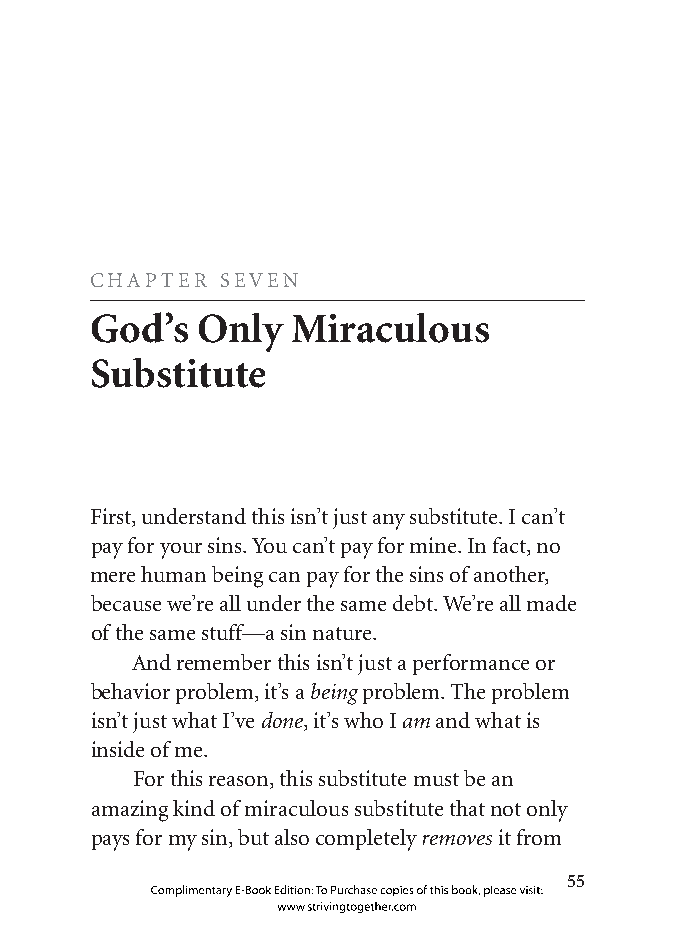
CHAPTER  SEVEN
 God’s  Only  Miraculous
 Substitute
 First, understand this isn’t just any substitute. I can’t
 pay for your sins. You can’t pay for mine. In fact, no
 mere human being can pay for the sins of another,
 because we’re all under the same debt. We’re all made
 of the same stuff—a sin nature.
 And remember this isn’t just a performance or
 behavior problem, it’s a being problem. The problem
 isn’t just what I’ve done, it’s who I am and what is
 inside of me.
 For this reason, this substitute must be an
 amazing kind of miraculous substitute that not only
 pays for my sin, but also completely removes it from
 
 Complimentary E-Book Edition: To Purchase copies of this book, please visit:
 www.strivingtogether.com